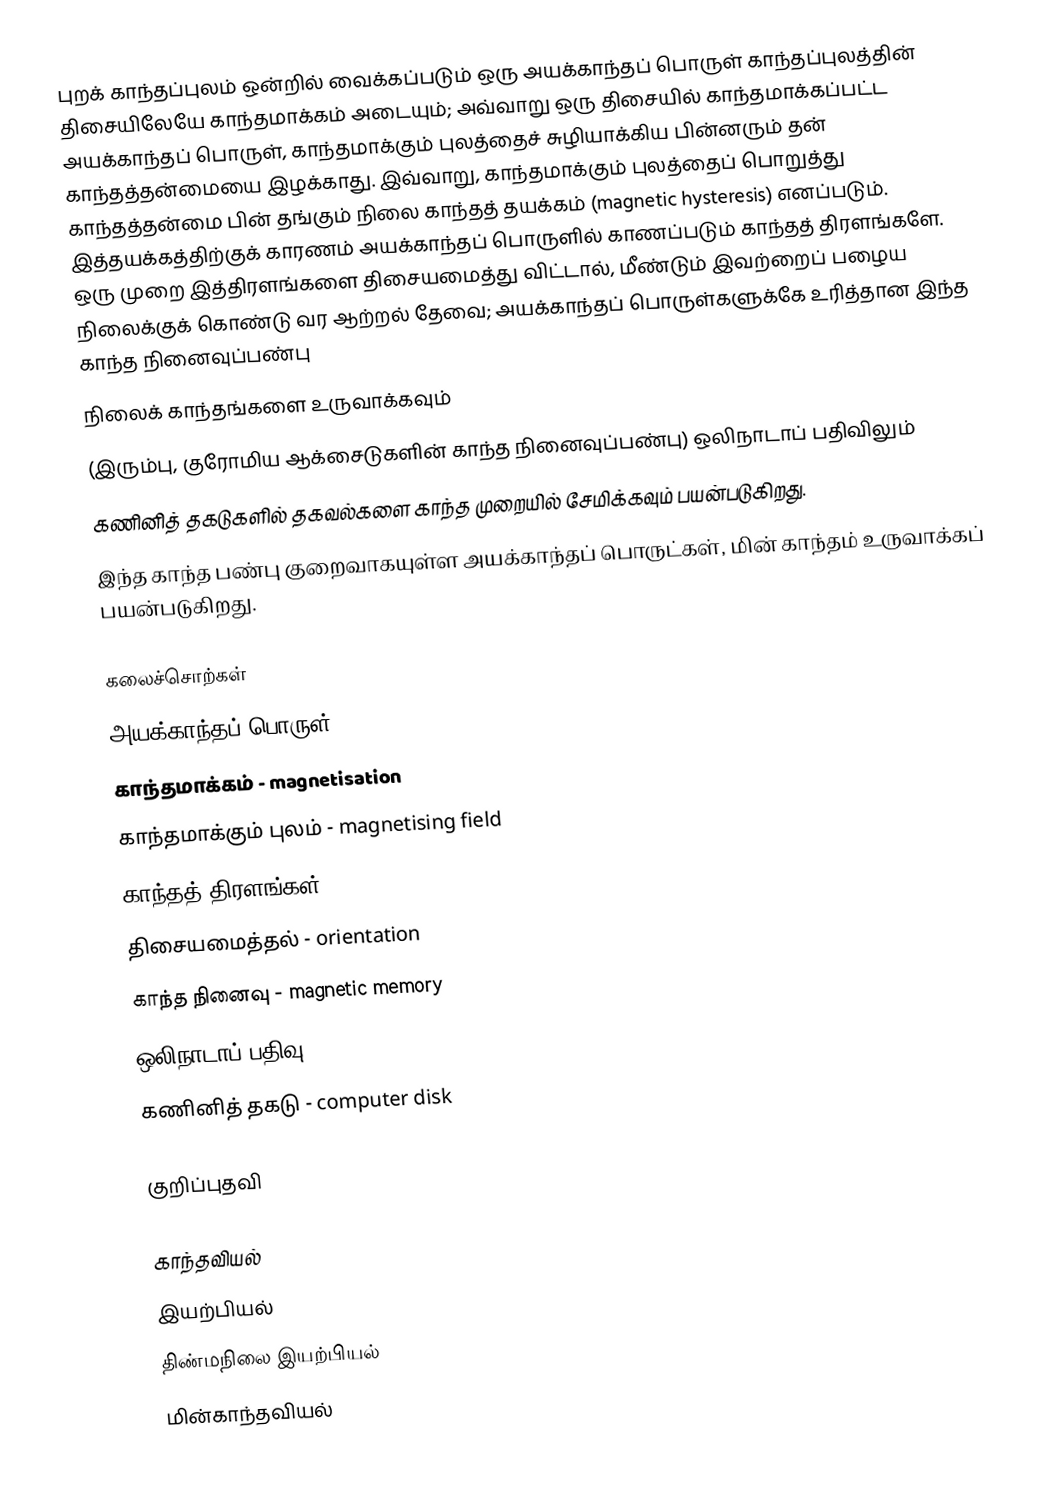
புறக் காந்தப்புலம் ஒன்றில் வைக்கப்படும் ஒரு அயக்காந்தப் பொருள் காந்தப்புலத்தின் திசையிலேயே காந்தமாக்கம் அடையும்; அவ்வாறு ஒரு திசையில் காந்தமாக்கப்பட்ட அயக்காந்தப் பொருள், காந்தமாக்கும் புலத்தைச் சுழியாக்கிய பின்னரும் தன் காந்தத்தன்மையை இழக்காது. இவ்வாறு, காந்தமாக்கும் புலத்தைப் பொறுத்து காந்தத்தன்மை பின் தங்கும் நிலை காந்தத் தயக்கம் (magnetic hysteresis) எனப்படும். இத்தயக்கத்திற்குக் காரணம் அயக்காந்தப் பொருளில் காணப்படும் காந்தத் திரளங்களே. ஒரு முறை இத்திரளங்களை திசையமைத்து விட்டால், மீண்டும் இவற்றைப் பழைய நிலைக்குக் கொண்டு வர ஆற்றல் தேவை; அயக்காந்தப் பொருள்களுக்கே உரித்தான இந்த காந்த நினைவுப்பண்பு
 நிலைக் காந்தங்களை உருவாக்கவும்
 (இரும்பு, குரோமிய ஆக்சைடுகளின் காந்த நினைவுப்பண்பு) ஒலிநாடாப் பதிவிலும்
 கணினித் தகடுகளில் தகவல்களை காந்த முறையில் சேமிக்கவும் பயன்படுகிறது.
இந்த காந்த பண்பு குறைவாகயுள்ள அயக்காந்தப் பொருட்கள், மின் காந்தம் உருவாக்கப் பயன்படுகிறது.

கலைச்சொற்கள்
 அயக்காந்தப் பொருள் - ferromagnetic material
 காந்தமாக்கம் - magnetisation
 காந்தமாக்கும் புலம் - magnetising field
 காந்தத் திரளங்கள் - magnetic domains
 திசையமைத்தல் - orientation
 காந்த நினைவு - magnetic memory
 ஒலிநாடாப் பதிவு - tape recording
 கணினித் தகடு - computer disk

குறிப்புதவி

காந்தவியல்
இயற்பியல்
திண்மநிலை இயற்பியல்
மின்காந்தவியல்